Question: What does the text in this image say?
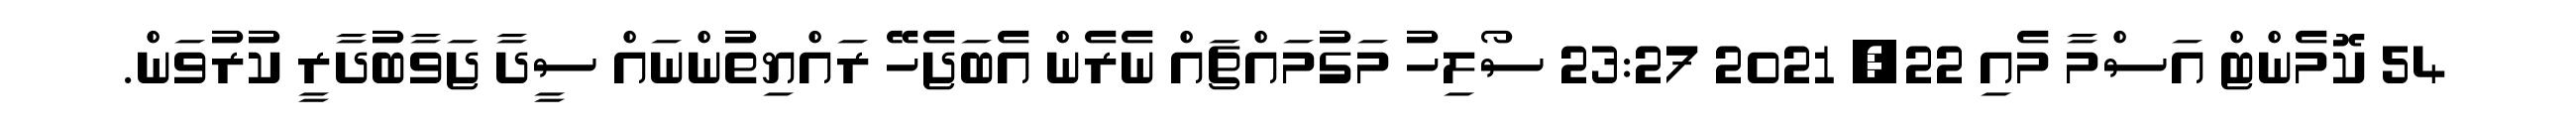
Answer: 54 ކޮމެންޓް އަސްމާ މެއި 22, 2021 23:27 ސޯލިހު މަގުމައްޗައް ނެރެން އެބަޖެހޭ ރައްޔިތުންނައް ސީދާ ޖަވާބުދާރީ ކުރުވަން.